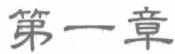
第一章